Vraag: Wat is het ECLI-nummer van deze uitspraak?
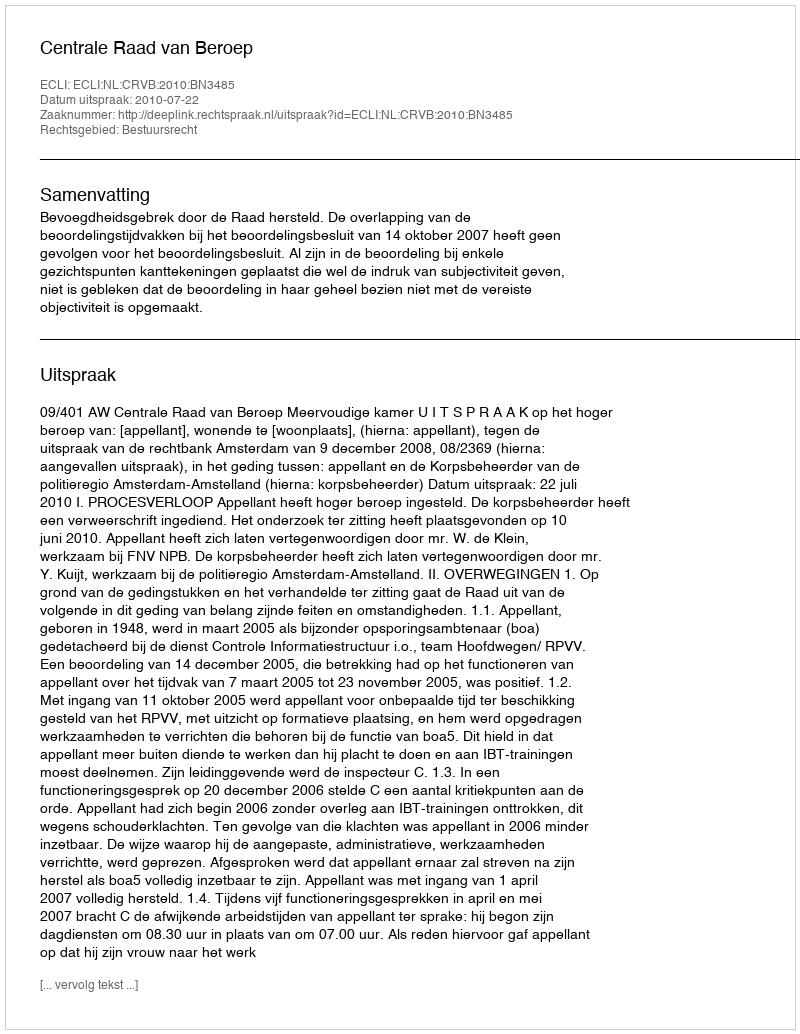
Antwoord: ECLI:NL:CRVB:2010:BN3485